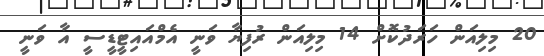
20 މިލިއަން ހަރަދުކޮށް 14 މިލިއަން ރުފިޔާ ވަނީ އެމްއައިޓީޑީސީ އާ ވަނީ